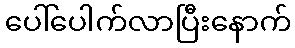
ပေါ်ပေါက်လာပြီးနောက်